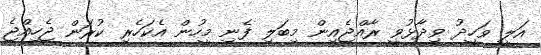
އަލީ ވަހީދު ވިދާޅުވީ ރާއްޖެއިން މިބަލި ފެނި މީހުން އެކަހެރި ކުރަން ޖެހިއްޖެ